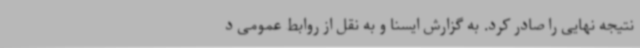
نتیجه نهایی را صادر کرد. به گزارش ایسنا و به نقل از روابط عمومی د